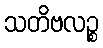
သတိဗလဉ္စ